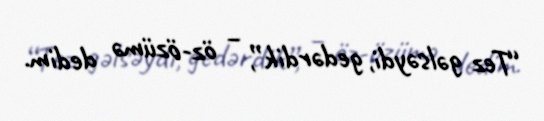
“Tez gəlsəydi, gedərdik”, – öz-özümə dedim.